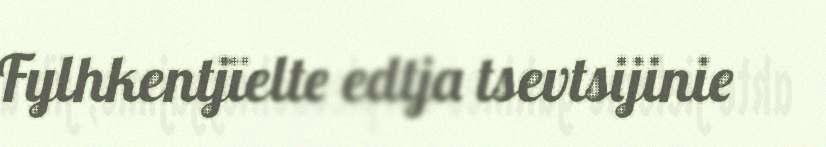
Fylhkentjïelte edtja tsevtsijinie